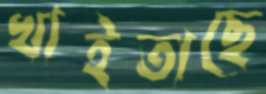
খাইতাছে